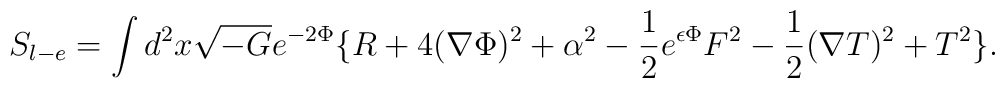
S_{l-e} = \int d^2 x \sqrt{-G} e^{-2\Phi}   \big \{ R + 4 (\nabla \Phi)^2 +\alpha^2 - {1 \over 2}e^{\epsilon \Phi} F^2 -{1 \over 2} (\nabla T)^2  +T^2\big \}.